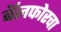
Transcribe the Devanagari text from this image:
बॅलफोरचा